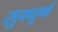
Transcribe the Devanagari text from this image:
सुम्पूर्ण